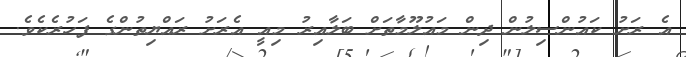
އެ ރަށު ކައުންސިލުން ދިން މައުލޫމާތަށް ބަލާއިރު މިއީ އެރަށު ރައްޔިތުންގެ ފަހުރެކެވެ.